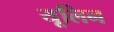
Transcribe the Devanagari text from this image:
यूलिन